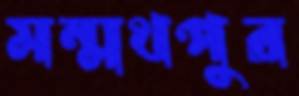
মন্মথপুর